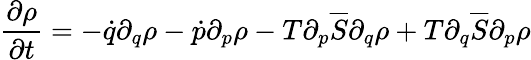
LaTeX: \frac{\partial\rho}{\partial t}=-\dot{q}\partial_{q}\rho-\dot{p}\partial_{p}\rho-T\partial_{p}\overline{{S}}\partial_{q}\rho+T\partial_{q}\overline{{S}}\partial_{p}\rho